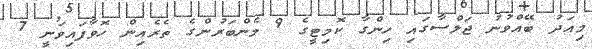
މިއަދު ބޭއްވުނު ޖަލްސާގައި ހިންގާ ކޮމިޓީގެ 9 މެންބަރުންގެ ތެރެއިން ހޮވާފައިވަނީ 7